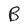
Character: B